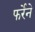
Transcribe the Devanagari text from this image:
फर्रेने